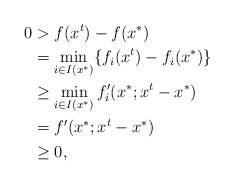
\begin{align*}0 &>f(x^t)-f(x^*)\\&=\min_{i\in I(x^*)}\{f_i(x^t)-f_i(x^*)\}\\&\ge\min_{i\in I(x^*)}f_i'(x^*;x^t-x^*)\\&=f'(x^*;x^t-x^*)\\&\ge0,\end{align*}